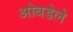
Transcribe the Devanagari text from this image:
ओबडेले